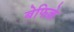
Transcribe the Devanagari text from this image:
बेफिक्रे